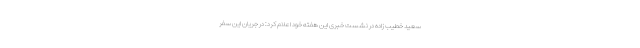
سعید خطیب زاده در نشست خبری این هفته خود اعلام کرد: در جریان این سفر